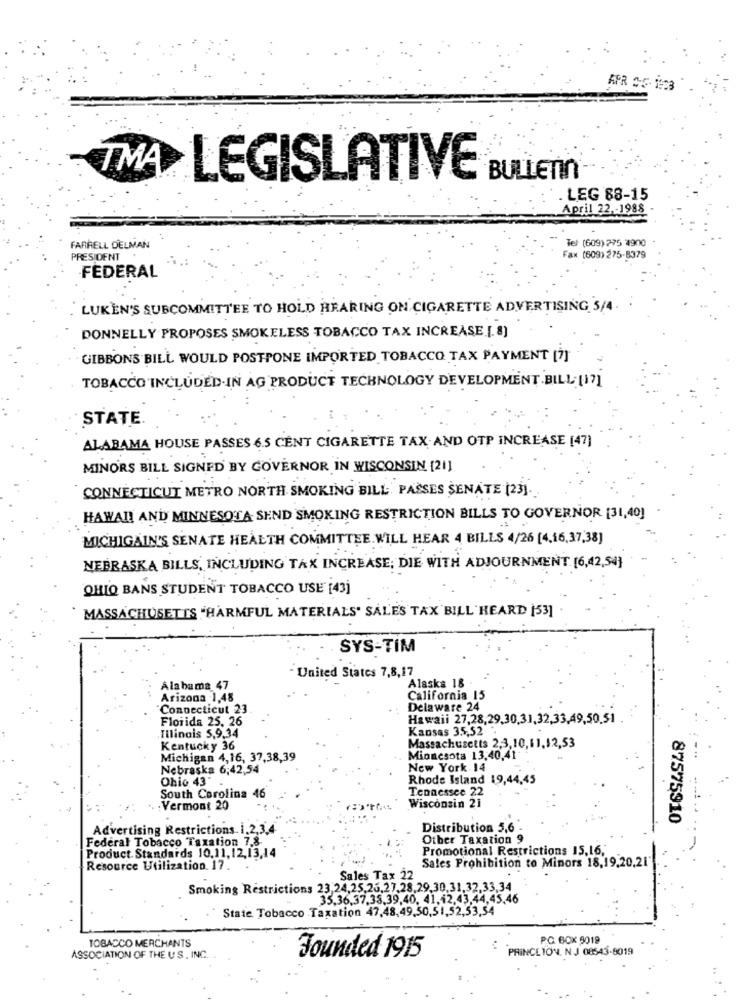
APR CE- 1923
TMA
LEGISLATIVE
BULLETIN
. LEG 88-15
April 22 ,- 1988
Tel: (609) 275 4900
FARRELL DELMAN
PRESIDENT
Fax (609)275-8379
FEDERAL
LUKEN'S SUBCOMMITTEE TO HOLD HEARING ON CIGARETTE ADVERTISING 5/4.
DONNELLY PROPOSES SMOKELESS TOBACCO TAX INCREASE [. 8)
GIBBONS BILL WOULD POSTPONE IMPORTED TOBACCO TAX PAYMENT [7]
TOBACCO INCLUDED IN AG PRODUCT TECHNOLOGY DEVELOPMENT BILL [17]
STATE.
ALABAMA HOUSE PASSES 6.5 CENT CIGARETTE TAX AND OTP INCREASE [47]
MINORS BILL SIGNED BY GOVERNOR IN WISCONSIN [21]
CONNECTICUT METRO NORTH SMOKING BILL PASSES SENATE [23].
HAWAI! AND MINNESOTA SEND SMOKING RESTRICTION BILLS TO GOVERNOR [31,40]
MICHIGAIN'S SENATE HEALTH COMMITTEE WILL HEAR 4 BILLS 4/26 [4.16,37,38]
NEBRASKA BILLS, INCLUDING TAX INCREASE, DIE WITH ADJOURNMENT [6,42,54)
OHIO BANS STUDENT TOBACCO USE [43]
MASSACHUSETTS "HARMFUL MATERIALS" SALES TAX BILL HEARD [53]
SYS-TIM
United States 7,8,17
Alabama 47
Alaska 18
Arizona 1,48
California 15
Connecticut 23.
Delaware 24
Florida 25. 26
Hawaii 27,28,29,30,31,32,33,49,50,51
Illinois 5,9,34
Kansas 35,52
Kentucky 36
Massachusetts 2,3,10,11,12,53
Michigan 4,16, 37,38,39
Minnesota 13.40,41
Nebraska 6,42,54
New York 14
Ohio 43
Rhode Island 19,44,45
Tennessee 22
South Carolina 46
Vermont 20
Wisconsin 21
87575910
Advertising Restrictions 1.2,3,4
Distribution 5,6
Federal Tobacco Taxation 7.8-
Other Taxation 9
Product. Standards 10,11,12,13,14
Promotional Restrictions 15,16,
Resource Utilization. 17.
Sales Prohibition to Minors 18,19,20,21
Sales Tax 22
Smoking Restrictions 23,24,25,25,27,28.29,30,31,32,33,34
35.36,37,38,39,40, 41,42,43,44,45,46
State Tobacco Taxation 47,48,49,50,51,52,53,54
PO BOX 9019
TOBACCO MERCHANTS
PRINCETON. N .J 08543-8019
ASSOCIATION OF THE US, INC.
Founded 1915